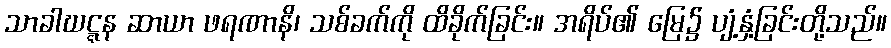
သာခါဃဋ္ဋန ဆာယာ ဖရဏာနိ၊ သစ်ခက်ကို ထိခိုက်ခြင်း။ အရိပ်၏ မြေ၌ ပျံ့နှံ့ခြင်းတို့သည်။